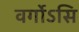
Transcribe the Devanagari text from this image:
वर्गोऽसि